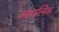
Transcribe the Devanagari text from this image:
आधुलिक